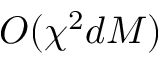
O ( \chi ^ { 2 } d M )